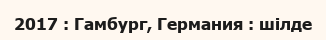
2017 : Гамбург, Германия : шілде